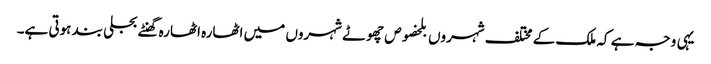
یہی وجہ ہے کہ ملک کے مختلف شہروں بلخصوص چھوٹے شہروں میں اٹھارہ اٹھارہ گھنٹے بجلی بند ہوتی ہے۔